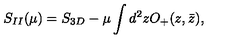
S _ { I I } ( \mu ) = S _ { 3 D } - \mu \int d ^ { 2 } z O _ { + } ( z , \bar { z } ) ,